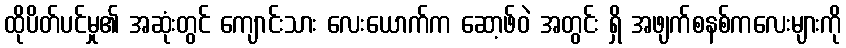
ထိုပိတ်ပင်မှု၏ အဆုံးတွင် ကျောင်းသား လေးယောက်က ဆော့ဖ်ဝဲ အတွင်း ရှိ အဖျက်စနစ်ကလေးများကို